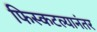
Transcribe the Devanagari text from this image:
फिस्कटल्यानंतर